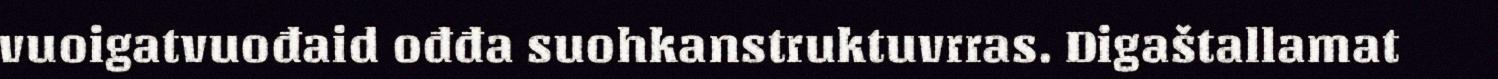
vuoigatvuođaid ođđa suohkanstruktuvrras. Digaštallamat